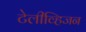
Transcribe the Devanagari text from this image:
टेलीव्हिजन